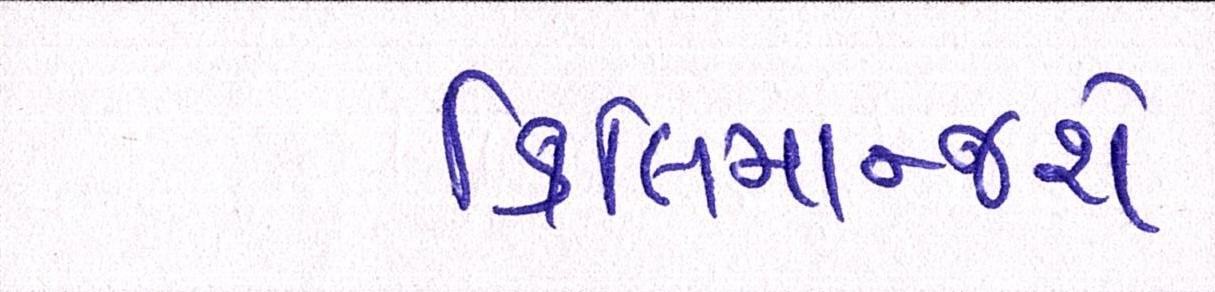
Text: કિલિમાન્જરો